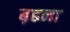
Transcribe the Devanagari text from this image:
ब़ढना